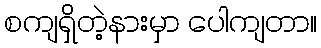
စကျရှိတဲ့နားမှာ ပေါကျတာ။